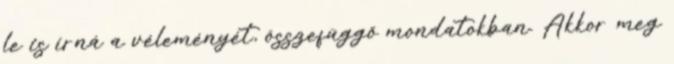
le is írná a véleményét, összefüggő mondatokban. Akkor meg